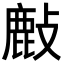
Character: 𢿇